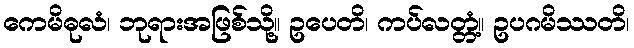
ကေမိဓုလံ၊ ဘုရားအဖြစ်သို့။ ဥပေတိ၊ ကပ်လတ္တံ့။ ဥပဂမိဿတိ၊